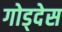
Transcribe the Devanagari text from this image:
गोड्देस